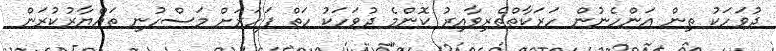
ދުވަހަކު ތިން އަންހެނުން ހަރަކާތްތެރިވާއިރު ކޮންމެ ދުވަހަކު ހަތް ފަހަރަށް މަސްހުނި ތައްޔާރުކުރަން